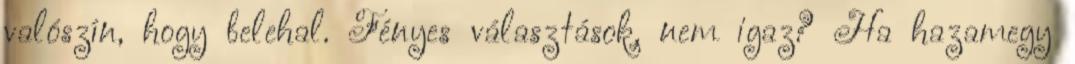
valószín, hogy belehal. Fényes választások, nem igaz? Ha hazamegy